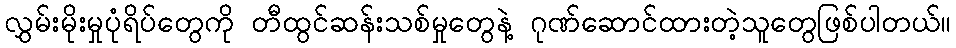
လွှမ်းမိုးမှုပုံရိပ်တွေကို တီထွင်ဆန်းသစ်မှုတွေနဲ့ ဂုဏ်ဆောင်ထားတဲ့သူတွေဖြစ်ပါတယ်။